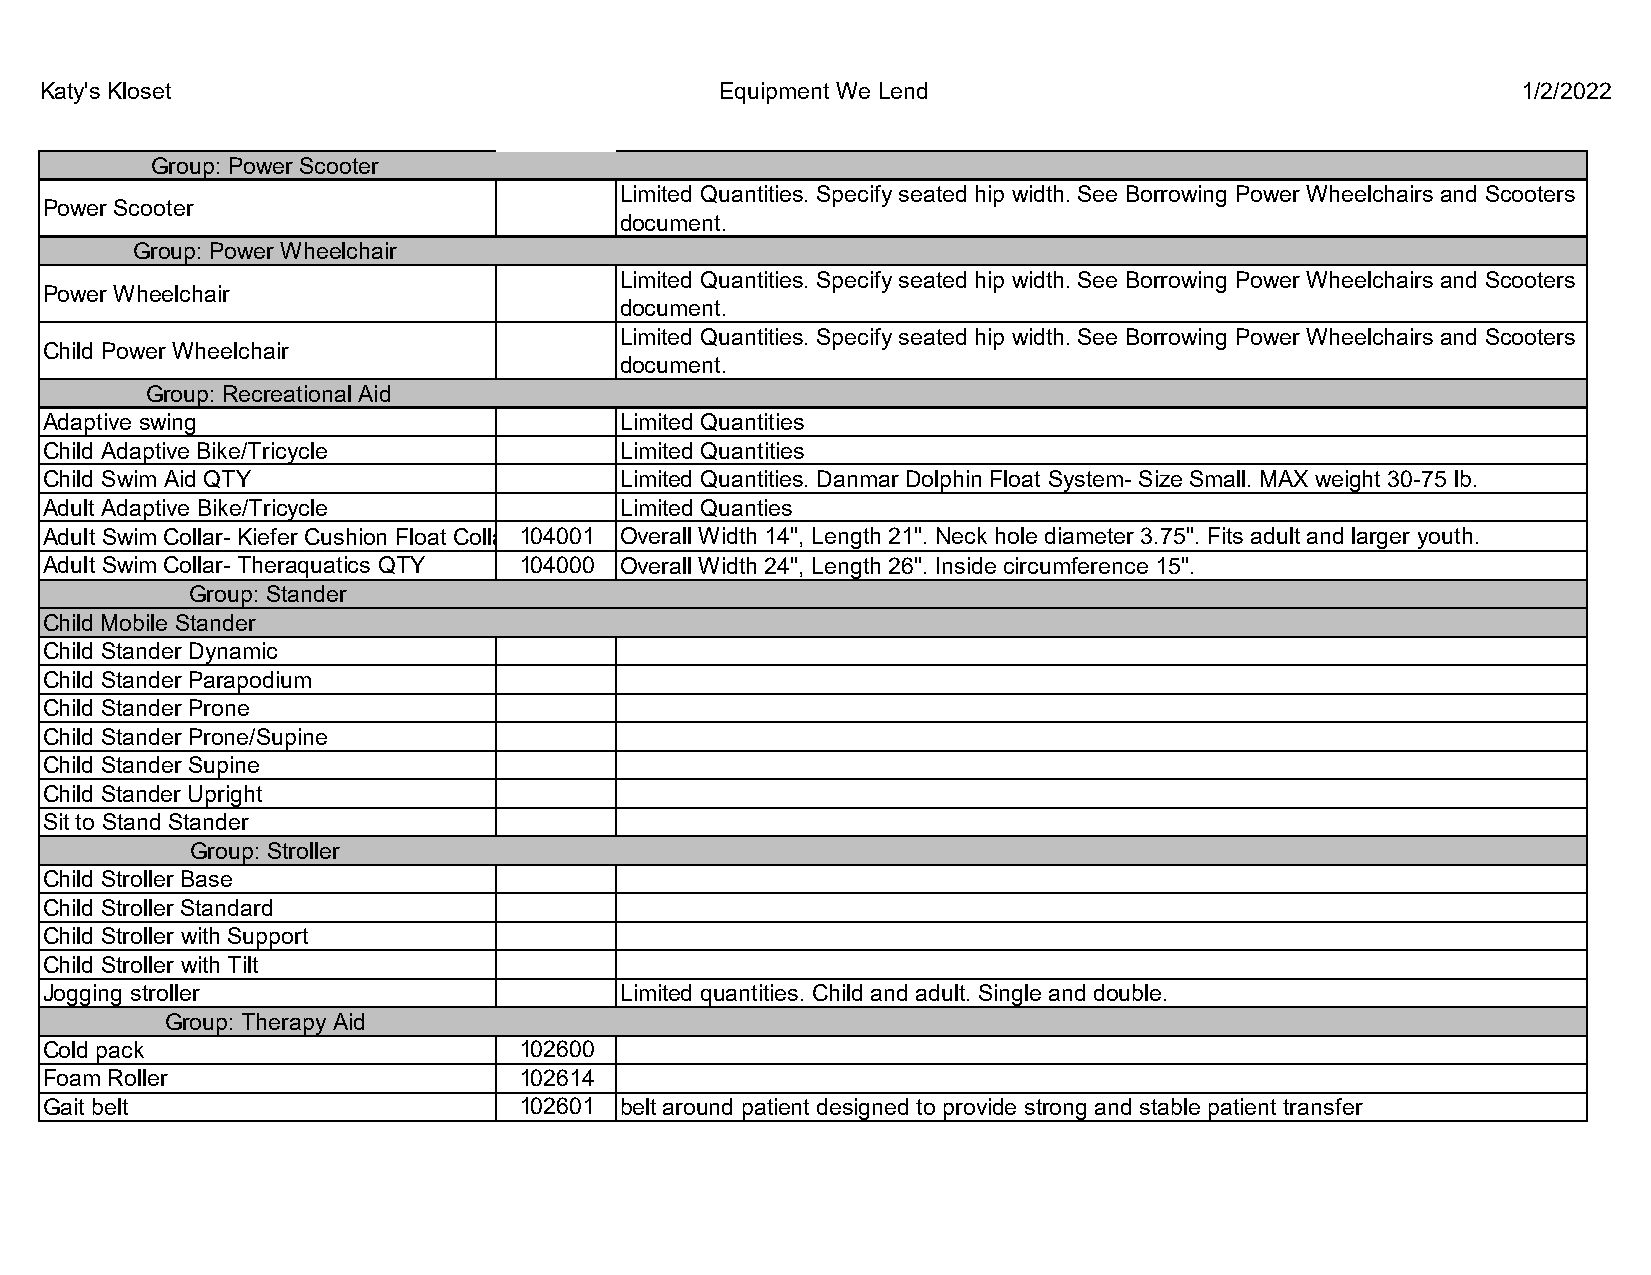
Katy's Kloset                                Equipment We Lend                                    1/2/2022
 Group: Power Scooter
 Limited Quantities. Specify seated hip width. See Borrowing Power Wheelchairs and Scooters
 Power Scooter
 document.
 Group: Power Wheelchair
 Limited Quantities. Specify seated hip width. See Borrowing Power Wheelchairs and Scooters
 Power Wheelchair
 document.
 Limited Quantities. Specify seated hip width. See Borrowing Power Wheelchairs and Scooters
 Child Power Wheelchair
 document.
 Group: Recreational Aid
 Adaptive swing                        Limited Quantities
 Child Adaptive Bike/Tricycle          Limited Quantities
 Child Swim Aid QTY                    Limited Quantities. Danmar Dolphin Float System- Size Small. MAX weight 30-75 lb.
 Adult Adaptive Bike/Tricycle          Limited Quanties
 Adult Swim Collar- Kiefer Cushion Float Collar 1Q0T4Y001 Overall Width 14", Length 21". Neck hole diameter 3.75". Fits adult and larger youth.
 Adult Swim Collar- Theraquatics QTY 104000 Overall Width 24", Length 26". Inside circumference 15".
 Group: Stander
 Child Mobile Stander
 Child Stander Dynamic
 Child Stander Parapodium
 Child Stander Prone
 Child Stander Prone/Supine
 Child Stander Supine
 Child Stander Upright
 Sit to Stand Stander
 Group: Stroller
 Child Stroller Base
 Child Stroller Standard
 Child Stroller with Support
 Child Stroller with Tilt
 Jogging stroller                      Limited quantities. Child and adult. Single and double.
 Group: Therapy Aid
 Cold pack                      102600
 Foam Roller                    102614
 Gait belt                      102601 belt around patient designed to provide strong and stable patient transfer